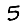
Digit: 5